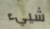
شييء